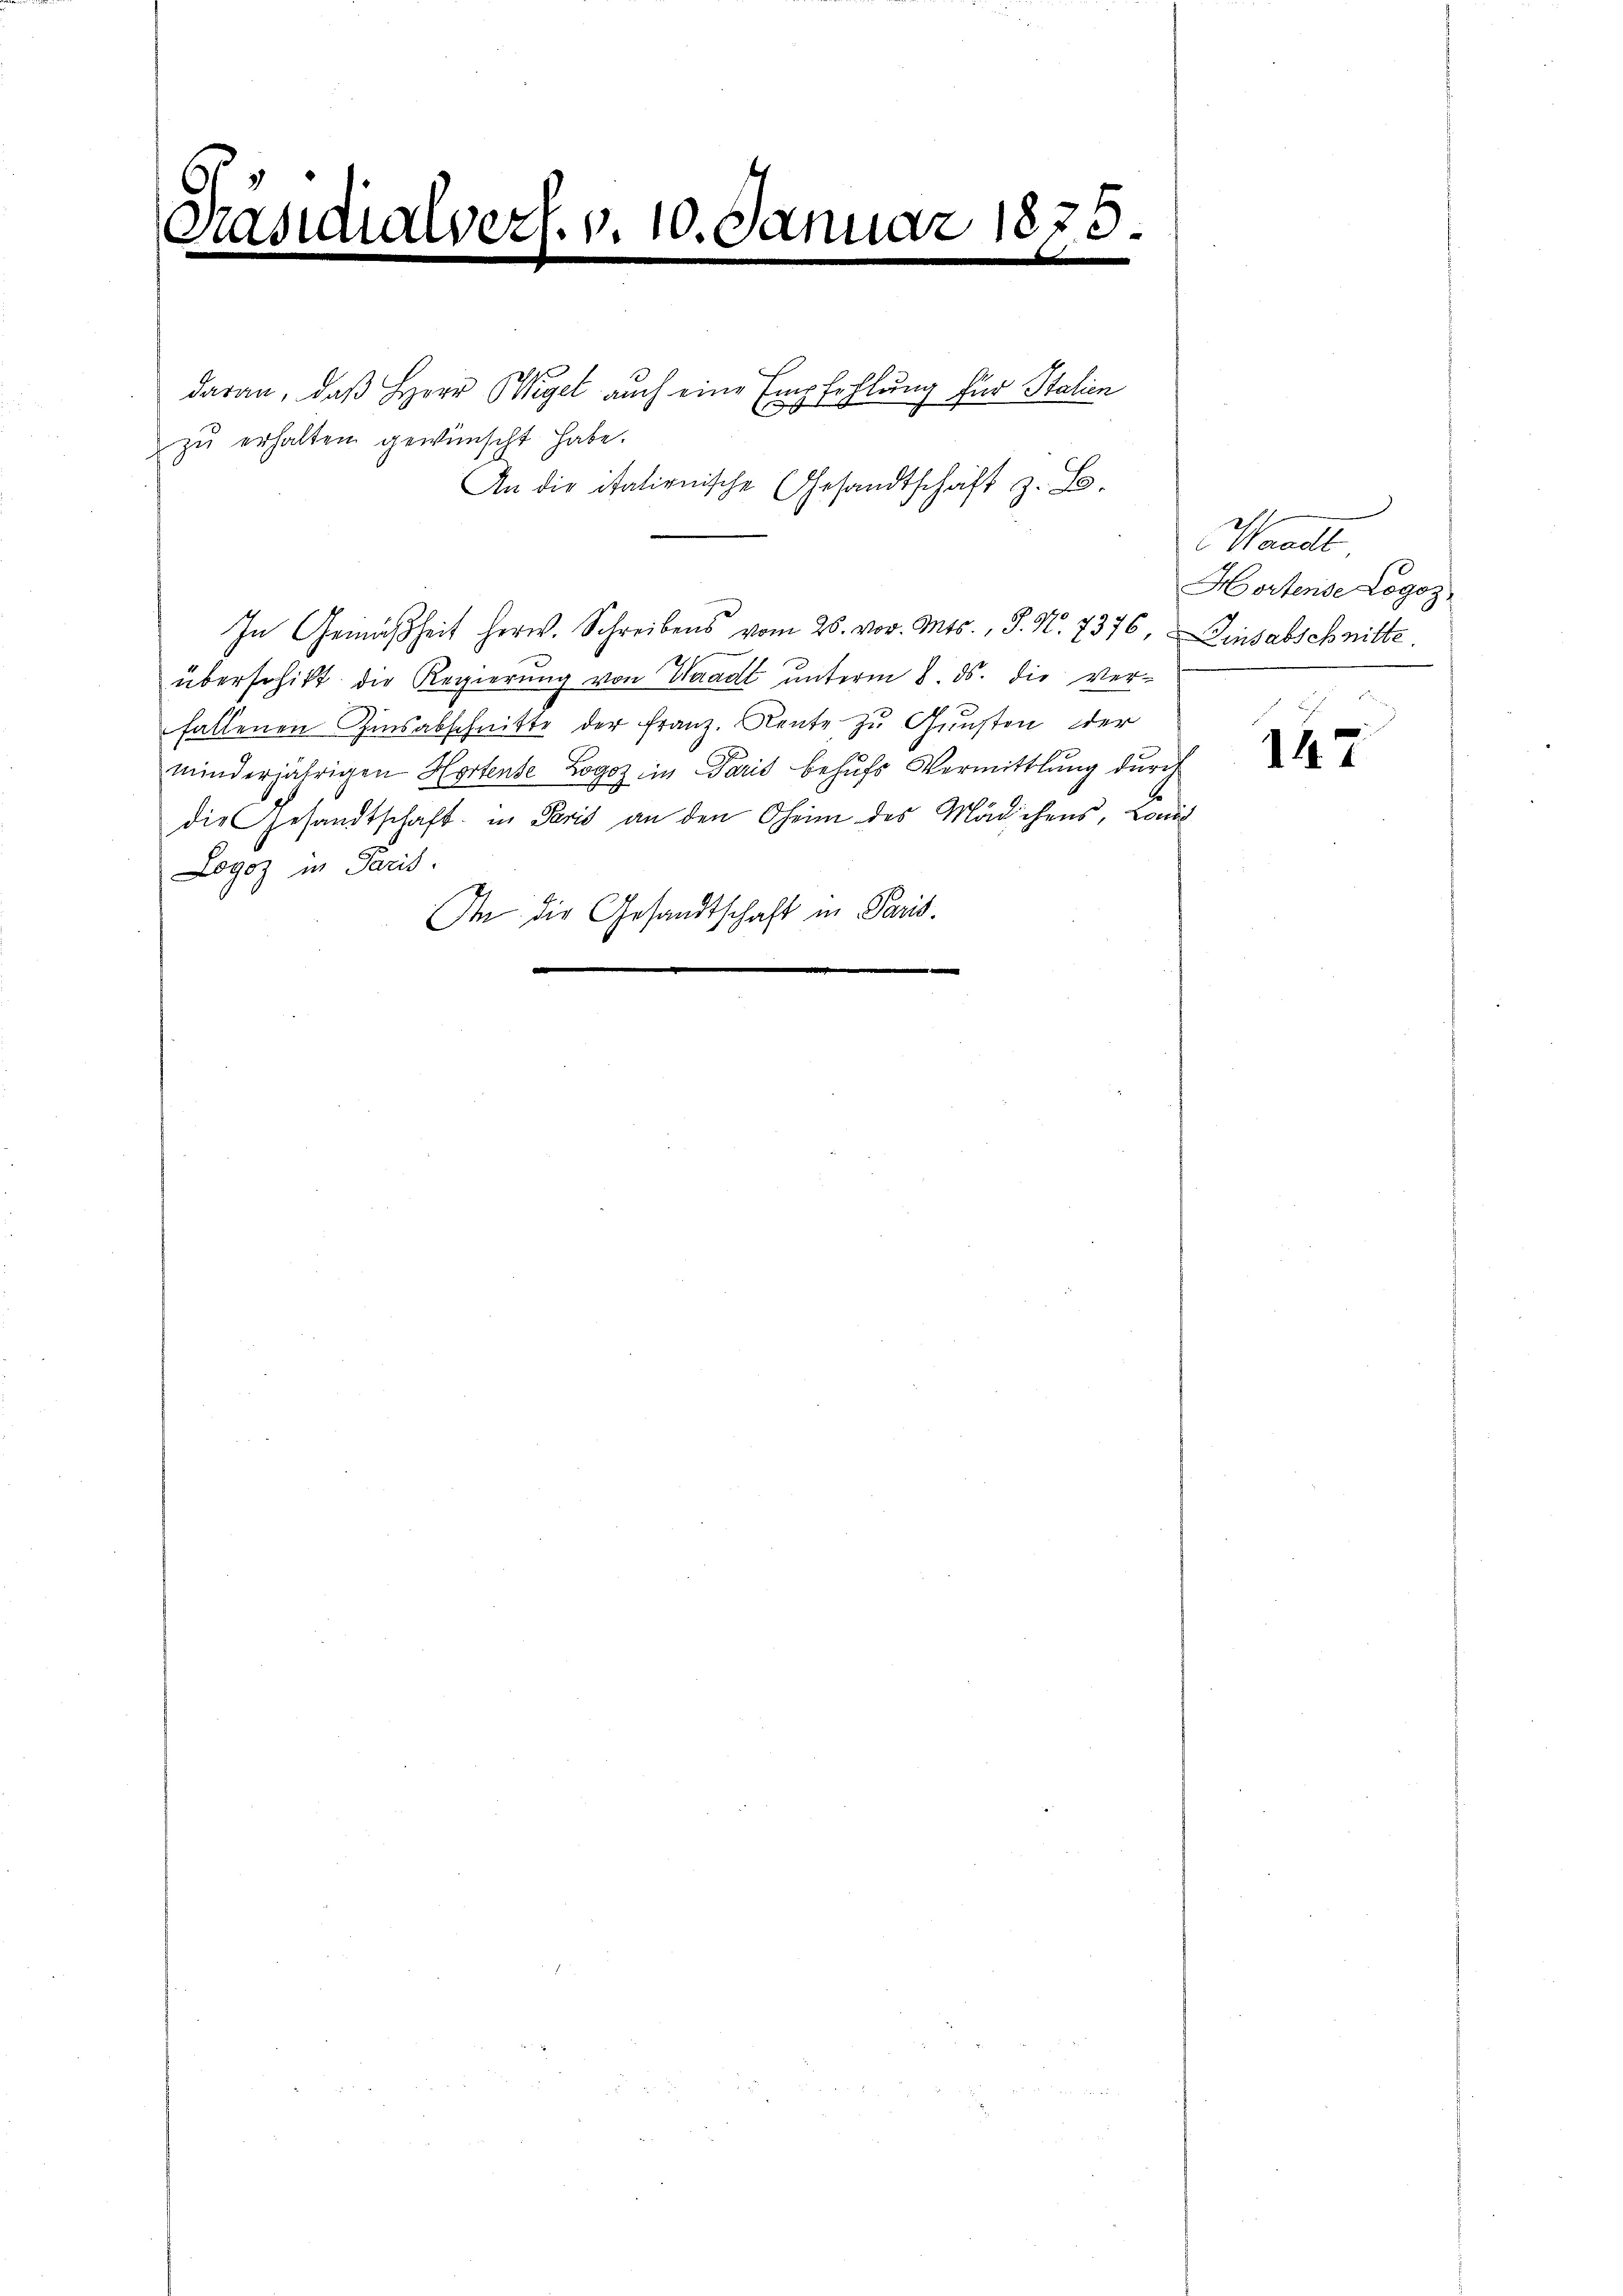
Padis
l

Avert. v. 10. Januar 1875.
d
.

zahlung für Stalien
zŭ erhalten gewünscht habe.
An die italienische Gesandtschaft z. B.

daran, daß Herr Wegel auch eine Empfe

In Gemäßheit herw. Schreibens vom 26. vor. Mts., S. N. 7376, Einsabschnitte.
überschikt die Regierŭng von Waadt ŭnterm 8. ds. die ver-
fallenen Zinsabschnitte der Franz. Rente zu Gunsten der
minderjährigen Hortense Logoz in Paris behufs Vermittlung durch
die Gesandtschaft in Paris an den Oheim des Mädchens, Lond
Logoz in Paris.
In die Gesandtschaft in Paris.
|

Waadt
Hortense Logoz
.

147